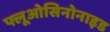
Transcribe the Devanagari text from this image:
फ्लूओसिनोनाइड